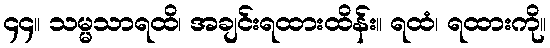
၄၄။ သမ္မသာရထိ၊ အချင်းရထားထိန်း။ ရထံ၊ ရထားကို။